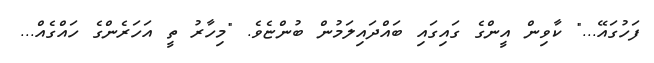
ފަހުގައޭ..." ކާވިން އީންގެ ގައިގައި ބައްދައިލަމުން ބުންޏެވެ. "މިހާރު ތީ އަހަރެންގެ ހައްގެއް...